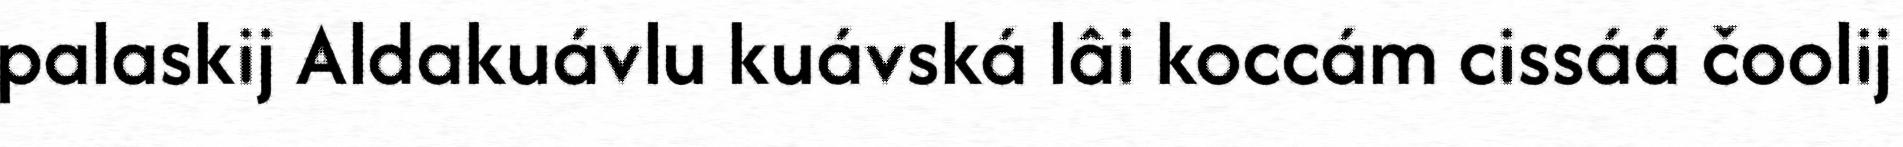
palaskij Aldakuávlu kuávská lâi koccám cissáá čoolij